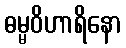
ဓမ္မဝိဟာရိနော